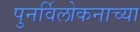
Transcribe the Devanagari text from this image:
पुनर्विलोकनाच्या